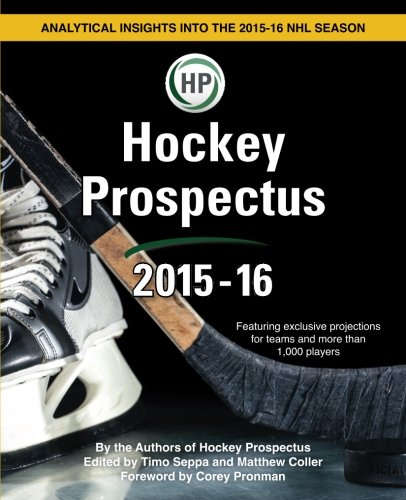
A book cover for Hockey Prospectus 2015-16; Timo Seppa; Sports & Outdoors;